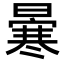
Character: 𠘗